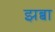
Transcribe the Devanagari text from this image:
झब्बा